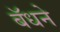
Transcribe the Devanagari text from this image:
बॅधने